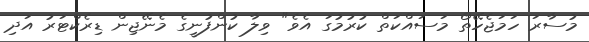
މުސާރަ ހަމަޖެހޭތޯ މަސައްކަތް ކުރުމުގަ އެވެ" ވިލާ ކުންފުނީގެ މެނޭޖިން ޑިރެކްޓަރު އަދި